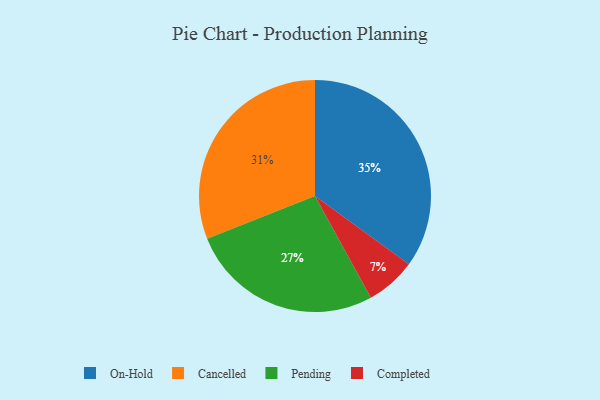
{"axis": {"x": "Category", "y": "Percentage"}, "legend": ["Cancelled", "Completed", "On-Hold", "Pending"], "data": [{"x": "Completed", "y": 7, "type": "Completed"}, {"x": "On-Hold", "y": 35, "type": "On-Hold"}, {"x": "Pending", "y": 27, "type": "Pending"}, {"x": "Cancelled", "y": 31, "type": "Cancelled"}]}